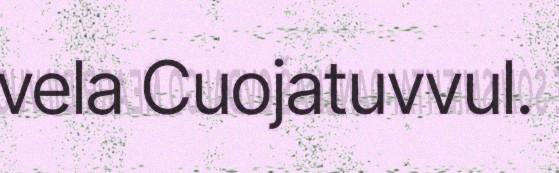
vela Cuojatuvvul.